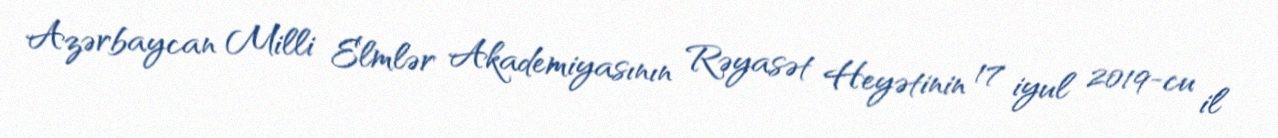
Azərbaycan Milli Elmlər Akademiyasının Rəyasət Heyətinin 17 iyul 2019-cu il